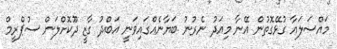
މައްސަލައާ ގުޅޭގޮތުން އޭނާ މިއަދު ނެރުނު ބަޔާނެއްގައިވަނީ އަބްދު ގާޒީ ދޫކޮށްލަން ސުޕްރީމް